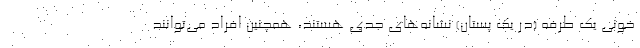
خونی یک طرفه (در یک پستان) نشانه‌های جدی هستند، همچنین افراد می‌توانند